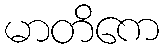
မာတိကေ